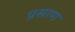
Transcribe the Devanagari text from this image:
प्रसाण